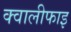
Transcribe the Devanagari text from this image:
क्वालीफाइ